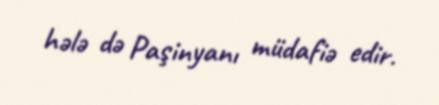
hələ də Paşinyanı müdafiə edir.